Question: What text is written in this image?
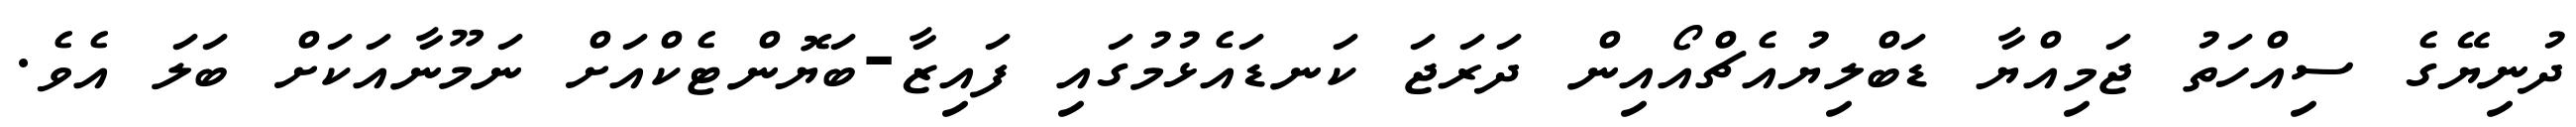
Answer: ދުނިޔޭގެ ސިއްހަތު ޖަމިއްޔާ ޑަބްލިޔުއެޗްއޯއިން ދަރަޖަ ކަނޑައެޅުމުގައި ފައިޒާ-ބަޔޮންޓެކްއަށް ނަމޫނާއަކަށް ބަލަ އެވެ.